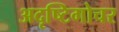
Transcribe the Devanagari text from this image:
अदृष्टिगोचर